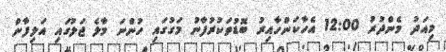
މިއަދު މެންދުރު 12:00 އެހާކަންހާއިރު ބޮޑުތަކުރުފާނު މަގުގައި ހުންނަ މާލެ ޖަލުގައި އަލިފާން